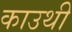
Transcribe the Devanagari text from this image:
काउथी